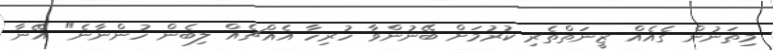
މިތަނުން ގެއެއް ޒީނަތްތެރި ކުރުމަށް ބޭނުންވާ ހުރިހާ އެއްޗެއް ލިބެން ހުންނާނެ" އޭނާ